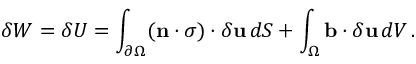
\delta W = \delta U = \int _ { \partial \Omega } ( \mathbf { n } \cdot { \boldsymbol { \sigma } } ) \cdot \delta \mathbf { u } \, d S + \int _ { \Omega } \mathbf { b } \cdot \delta \mathbf { u } \, d V \, .